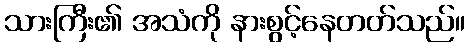
သားကြီး၏ အသံကို နားစွင့်နေတတ်သည်။